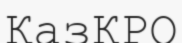
ҚазКРО